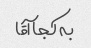
به کجا آقا